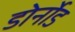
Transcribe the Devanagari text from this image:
डोर्नोड